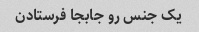
یک جنس رو جابجا فرستادن